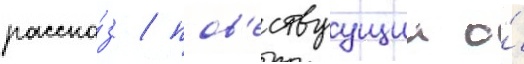
расска́з / пов'ествуущии о́